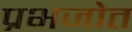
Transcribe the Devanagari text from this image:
प्रभजोत